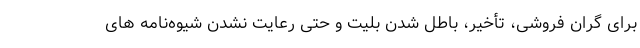
برای گران فروشی، تأخیر، باطل شدن بلیت و حتی رعایت نشدن شیوه‌نامه های